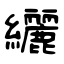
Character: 纚